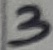
Text: 3